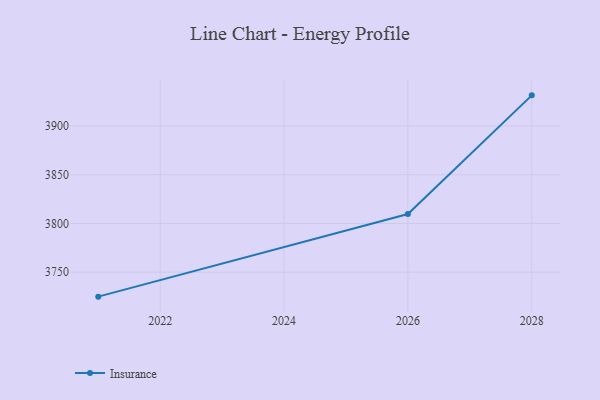
{"axis": {"x": "Year", "y": "Page Views"}, "legend": ["Insurance"], "data": [{"x": "2021", "y": 3724.9, "type": "Insurance"}, {"x": "2026", "y": 3809.6, "type": "Insurance"}, {"x": "2028", "y": 3931.4, "type": "Insurance"}]}